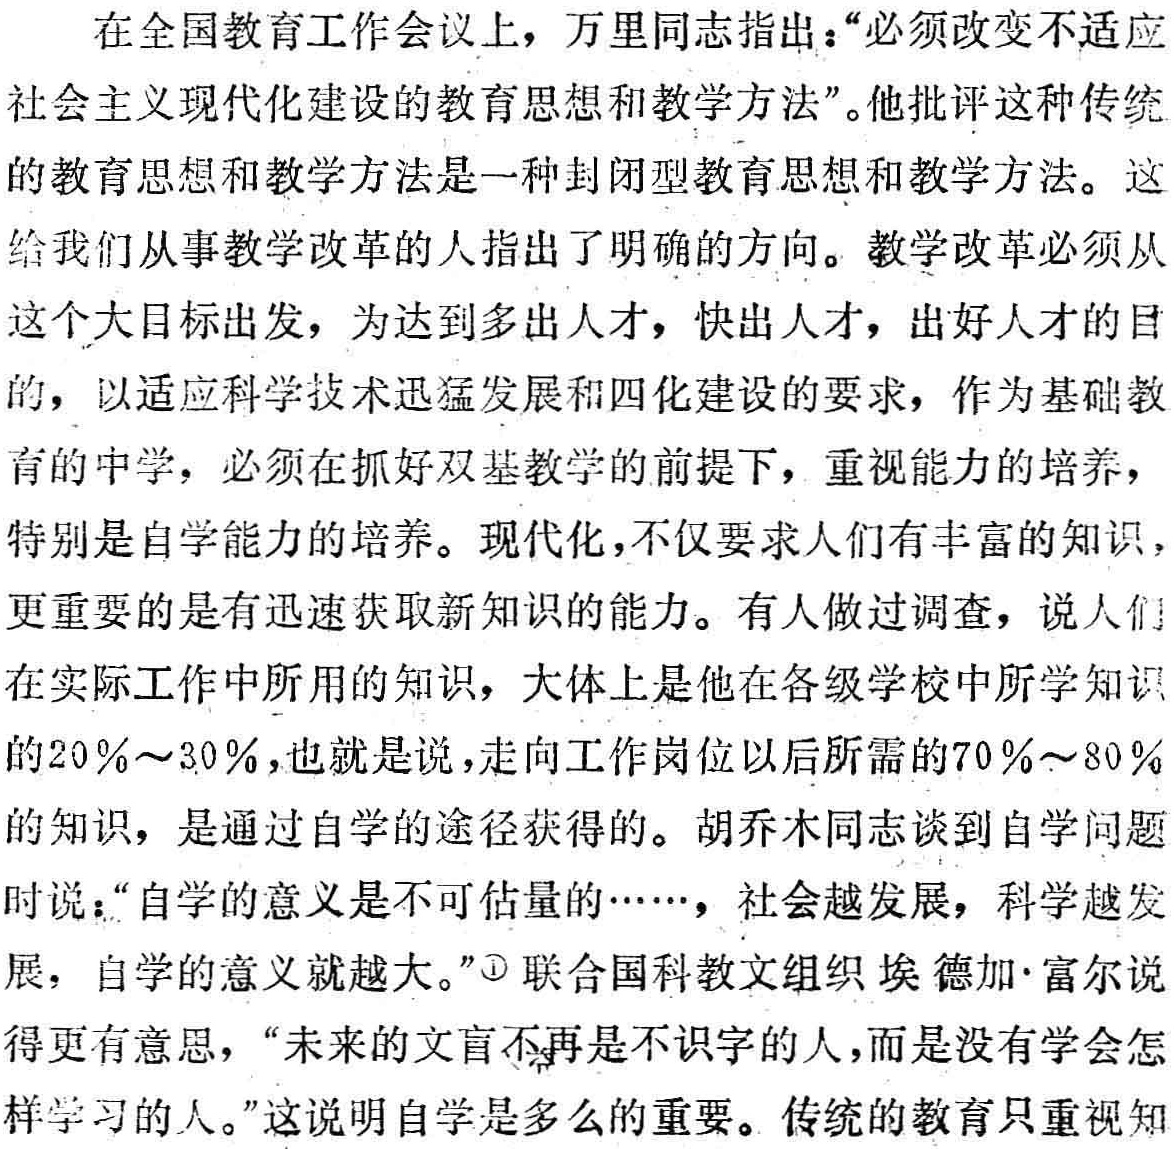
在全国教育工作会议上，万里同志指出：“必须改变不适应

社会主义现代化建设的教育思想和教学方法”。他批评这种传统

的教育思想和教学方法是一种封闭型教育思想和教学方法。这

给我们从事教学改革的人指出了明确的方向。教学改革必须从

这个大目标出发，为达到多出人才，快出人才，出好人才的目

的，以适应科学技术迅猛发展和四化建设的要求，作为基础教

育的中学，必须在抓好双基教学的前提下，重视能力的培养，

特别是自学能力的培养。现代化，不仅要求人们有丰富的知识，

更重要的是有迅速获取新知识的能力。有人做过调查，说人们

在实际工作中所用的知识，大体上是他在各级学校中所学知识

的20％～30％，也就是说，走向工作岗位以后所需的70％～80％

的知识，是通过自学的途径获得的。胡乔木同志谈到自学问题

时说：“自学的意义是不可估量的……，社会越发展，科学越发

展，自学的意义就越大。”\textcircled{1}联合国科教文组织埃德加·富尔说

得更有意思，“未来的文盲不再是不识字的人，而是没有学会怎

样学习的人。”这说明自学是多么的重要。传统的教育只重视知